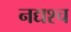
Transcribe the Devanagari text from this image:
नद्यश्‍च